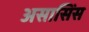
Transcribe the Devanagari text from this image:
असासिंस